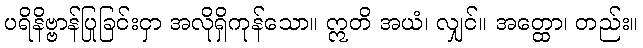
ပရိနိဗ္ဗာန်ပြုခြင်းငှာ အလိုရှိကုန်သော။ ဣတိ အယံ၊ လျှင်။ အတ္ထော၊ တည်း။